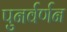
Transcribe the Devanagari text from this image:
पुनर्वर्णन